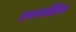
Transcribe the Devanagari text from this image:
एयरमैटिक